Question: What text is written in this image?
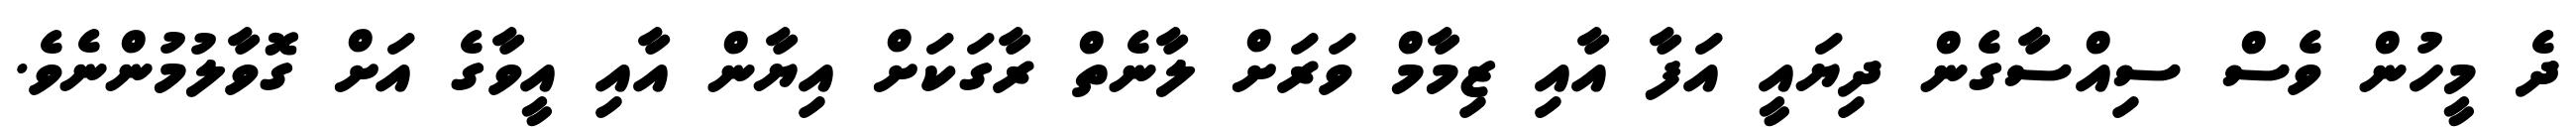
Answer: ދެ މީހުން ވެސް ސިއްސާގެން ދިޔައީ އަފާ އާއި ޒިމާމް ވަރަށް ލާނެތް ރާގަކަށް އިޔާން އާއި އީވާގެ އަށް ގޮވާލުމުންނެވެ.